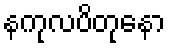
နကုလပိတုနော